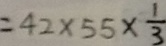
= 4 2 \times 5 5 \times \frac { 1 } { 3 }